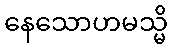
နေသောဟမသ္မိ